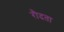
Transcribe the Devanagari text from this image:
रौदता